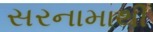
સરનામાથી